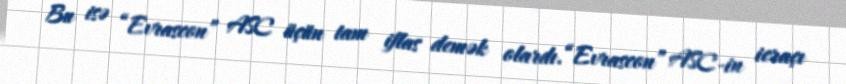
Bu isə “Evrascon” ASC üçün tam iflas demək olardı.“Evrascon” ASC-in icraçı